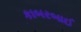
કાબરબાઈ